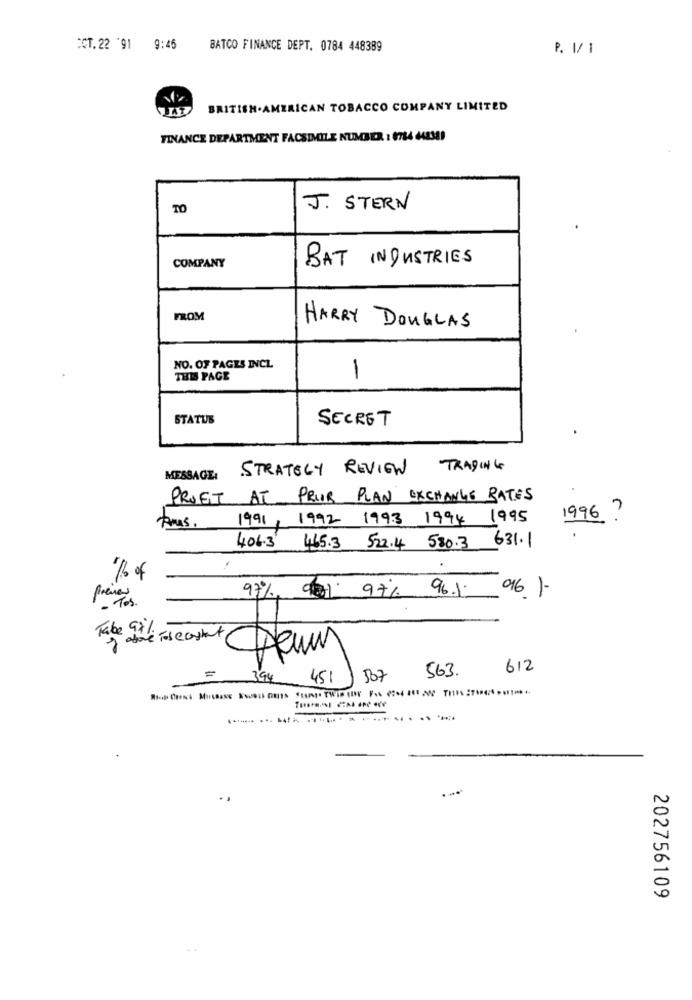
CCT.22 '91 9:45
BATCO FINANCE DEPT. 0784 448389
P. 1/ 1
BRITISH.AMERICAN TOBACCO COMPANY LIMITED
FINANCE DEPARTMENT FACSIMILE NUMBER : 6784 448389
TO
J. STERN
BAT INDUSTRIES
COMPANY
FROM
HARRY DOUGLAS
NO. OF PAGES INCL
THIS PAGE
-
STATUS
SECRET
STRATEGY REVIEW
TRADING
MESSAGE:
PROFIT AT PEUR PLAN EXCHANGE RATES
1991, 1992 1993 1994 1995
1996 ?
406.3 465.3 522.4 530.3 631.1
1/6 of
97%, 9 97% 96.1.
96 )-
prene
=
563.
612
394
451
507
202756109